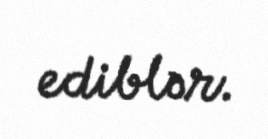
ediblər.